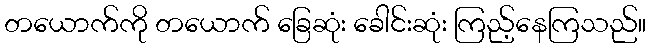
တယောက်ကို တယောက် ခြေဆုံး ခေါင်းဆုံး ကြည့်နေကြသည်။